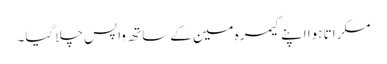
مسکراتا ہوا اپنے کیمرہ مین کے ساتھ واپس چلا گیا۔